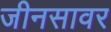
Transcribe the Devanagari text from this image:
जीनसावर